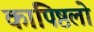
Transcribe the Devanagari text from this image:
कापिष्ठलो